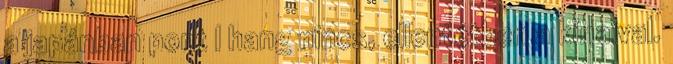
a japánban pont l hang nincs, ellentétben a kínaival.